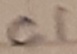
Text: C1